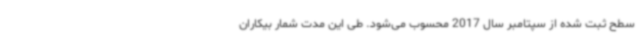
سطح ثبت شده از سپتامبر سال 2017 محسوب می‌شود. طی این مدت شمار بیکاران